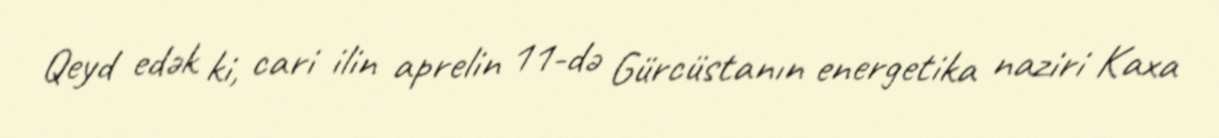
Qeyd edək ki, cari ilin aprelin 11-də Gürcüstanın energetika naziri Kaxa